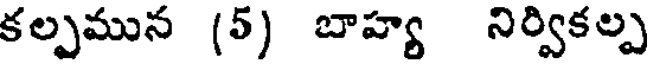
కల్పమున (5) బాహ్య నిర్వికల్ప